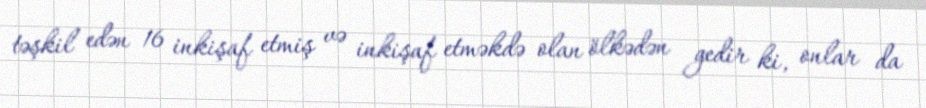
təşkil edən 16 inkişaf etmiş və inkişaf etməkdə olan ölkədən gedir ki, onlar da